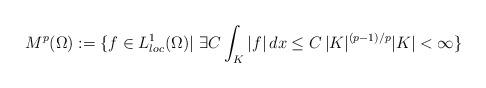
LaTeX: \begin{align*}M^p(\Omega):= \large \{f \in L^1_{loc}(\Omega) | \,\, \exists C \int_K|f| \, dx\le C \, |K|^{(p-1)/p}|K|<\infty \large \}\end{align*}